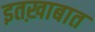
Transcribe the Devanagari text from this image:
इतख़ाबात